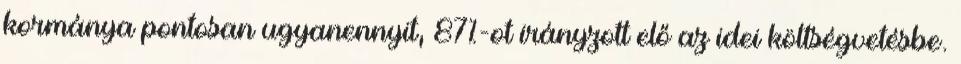
kormánya pontosan ugyanennyit, 87%-ot irányzott elő az idei költségvetésbe.